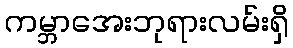
ကမ္ဘာအေးဘုရားလမ်းရှိ